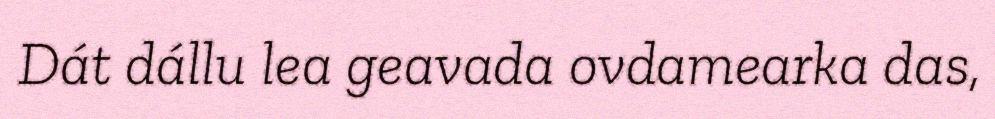
Dát dállu lea geavada ovdamearka das,